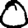
Digit: 0